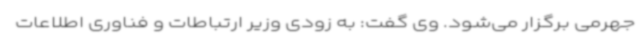
جهرمی برگزار می‌شود. وی گفت: به زودی وزیر ارتباطات و فناوری اطلاعات